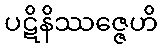
ပဋိနိဿဇ္ဇေဟိ